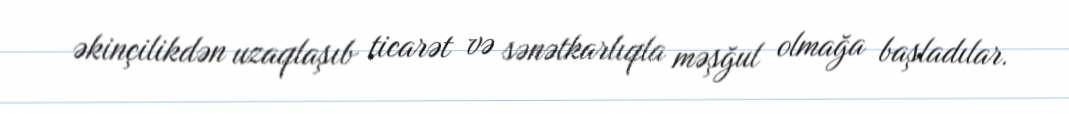
əkinçilikdən uzaqlaşıb ticarət və sənətkarlıqla məşğul olmağa başladılar.